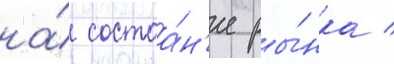
на́ состоа́н'ие ры́нка /